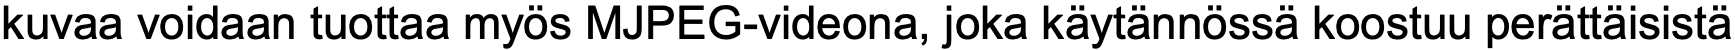
kuvaa voidaan tuottaa myös MJPEG-videona, joka käytännössä koostuu perättäisistä